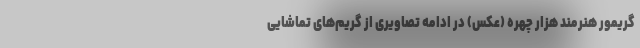
گریمور هنرمند هزار چهره (عکس) در ادامه تصاویری از گریم‌های تماشایی